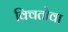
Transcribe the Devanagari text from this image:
क्वितोवा